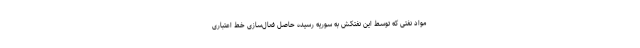
مواد نفتی که توسط این نفتکش به سوریه رسیده حاصل فعال‌سازی خط اعتباری